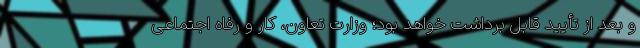
و بعد از تأیید قابل برداشت خواهد بود؛ وزارت تعاون، کار و رفاه اجتماعی